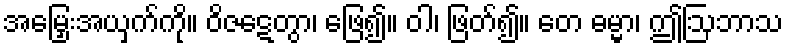
အမြှေးအယှက်ကို။ ဝိဇဋေတွာ၊ ဖြေ၍။ ဝါ၊ ဖြတ်၍။ တေ ဓမ္မာ၊ ဤဩဘာသ